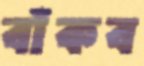
বাঁকব